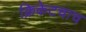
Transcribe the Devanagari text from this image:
क्रिकेटचाच